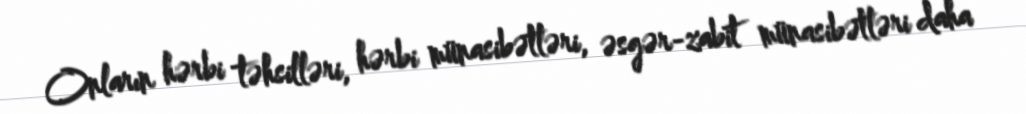
Onların hərbi təhsilləri, hərbi münasibətləri, əsgər-zabit münasibətləri daha